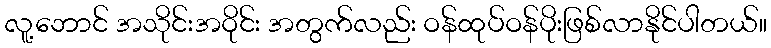
လူ့ဘောင် အသိုင်းအဝိုင်း အတွက်လည်း ဝန်ထုပ်ဝန်ပိုးဖြစ်လာနိုင်ပါတယ်။